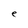
Character: e